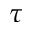
\tau